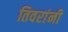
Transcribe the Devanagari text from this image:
तिवरांनी